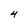
Character: 4